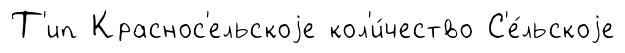
Т'ип Краснос'ельскоjе кол'и́чество С'е́льскоjе